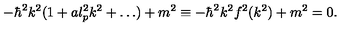
- \hbar ^ { 2 } k ^ { 2 } ( 1 + a l _ { p } ^ { 2 } k ^ { 2 } + \dots ) + m ^ { 2 } \equiv - \hbar ^ { 2 } k ^ { 2 } f ^ { 2 } ( k ^ { 2 } ) + m ^ { 2 } = 0 .